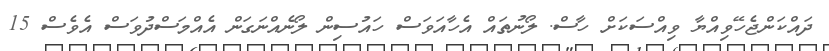
ދައްކަންޖެހޭވިއްޔާ ވިއްސަކަށް ހާސް. ލޯނުތައް އެހާއަވަަސް ހައުސިން ލޯނެއްނަގަން އެއްމަސްދުވަސް އެވެސް 15